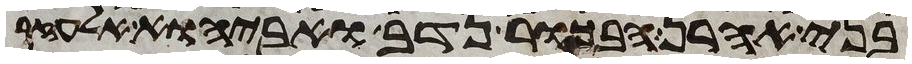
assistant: בני אהרן הבכור נדב ואביהוא אלעזר